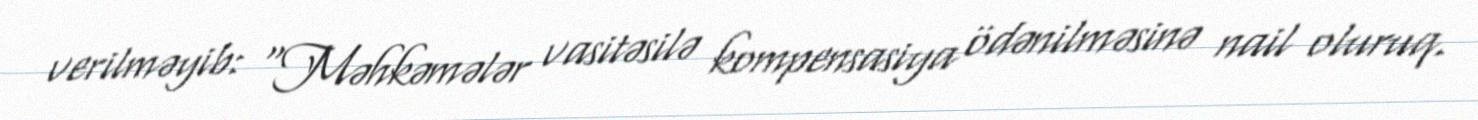
verilməyib: “Məhkəmələr vasitəsilə kompensasiya ödənilməsinə nail oluruq.